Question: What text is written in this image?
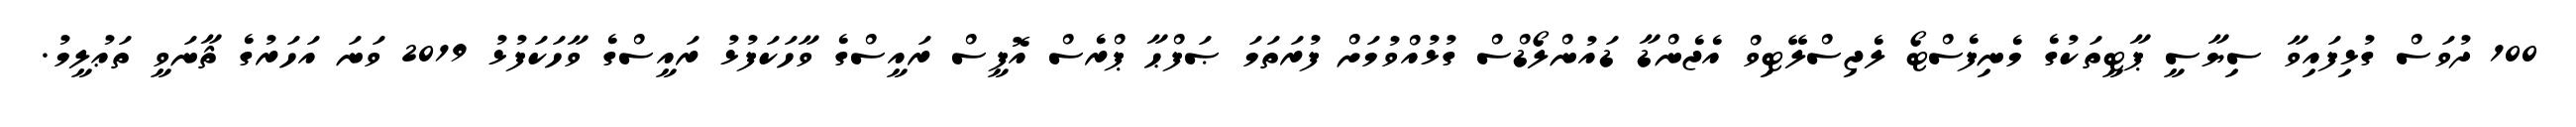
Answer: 100 ދުވަސް ގުޅިފައިވާ ސިޔާސީ ޕާޓީތަކުގެ މެނިފެސްޓޯ ލެޖިސްލޭޓިވް އެޖެންޑާ ޑައުންލޯޑްސް ގުޅުއްވުމަށް ފުރަތަމަ ޞަފްޙާ ޕްރެސް އޮފީސް ރައީސްގެ ވާހަކަފުޅު ރައީސްގެ ވާހަކަފުޅު 2019 ވަނަ އަހަރުގެ ޘާނަވީ ތަޢުލީމު.